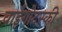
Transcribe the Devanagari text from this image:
वाईगोटस्की